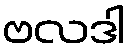
ဗလဒါ